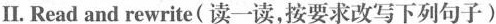
I.Read and rewrite(读一读,按要求改写下列句子)